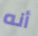
أنه